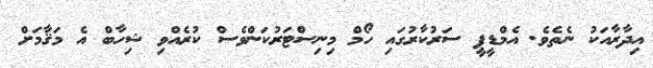
އިދާރާއަކު ނެތެވެ. އެމްޑީޕީ ސަރުކާރުގައި ހޯމް މިނިސްޓަރުކަންވެސް ކުރެއްވި ޝިހާބް އެ މަޤާމަށް